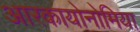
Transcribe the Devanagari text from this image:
आरकायोनोमिया